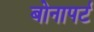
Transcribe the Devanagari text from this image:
बोनापर्ट